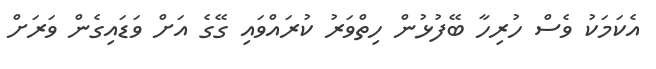
އެކަމަކު ވެސް ހުރިހާ ބޭފުޅުން ހިތްވަރު ކުރައްވައި ގޭގެ އަށް ވަޑައިގެން ވަރަށް